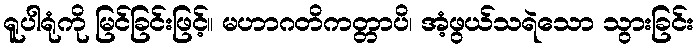
ရူပါရုံကို မြင်ခြင်းဖြင့်။ မဟာဂတိကတ္တာပိ၊ အံ့ဖွယ်သရဲသော သွားခြင်း